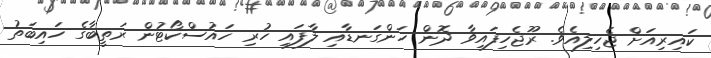
ކައިރިއަށް ޖެހިލިއެވެ. ރޫޖެހިފައިވާ ދޮން ހަންގަނޑާއި ލާފައި ހުރި ހައުސްކޯޓުން ރަތީބާގެ ހައިބަތު